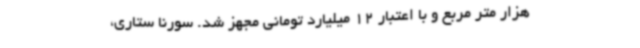
هزار متر مربع و با اعتبار 12 میلیارد تومانی مجهز شد. سورنا ستاری،